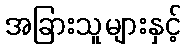
အခြားသူများနှင့်